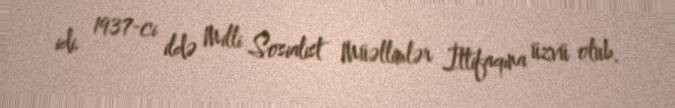
idi. 1937-ci ildə Milli Sosialist Müəllimlər İttifaqına üzvü olub.